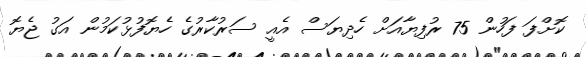
ކޮށްފަ ފަހުން 75 ރުފިޔާއަށް ހެދިޔަސް އެއީ ސަރުކާރުގެ ހެޔޮފުޅުކަމުން އަގު ޖެޔޮ